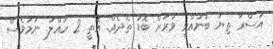
އަސްރާ ތިޔަ ބުނުއްވީ ވަރަށް ބޮޑު ތެދެއް. އޮތީ 2 ހައްލު. ނަމަވެސް